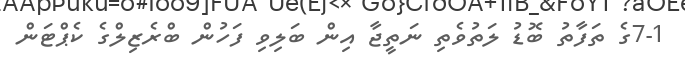
7-1ގެ ތަފާތު ބޮޑު ލަތުވެތި ނަތީޖާ އިން ބަލިވި ފަހުން ބްރެޒިލްގެ ކެޕްޓަން